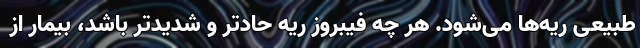
طبیعی ریه‌ها می‌شود. هر چه فیبروز ریه حادتر و شدیدتر باشد، بیمار از